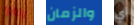
وقالوا والزمان أي